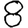
Digit: 8